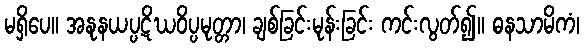
မရှိပေ။ အနုနယပ္ပဋိဃဝိပ္ပမုတ္တာ၊ ချစ်ခြင်းမုန်းခြင်း ကင်းလွတ်၍။ ဓနသာမိကံ၊